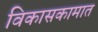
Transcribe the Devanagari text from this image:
विकासकामात